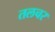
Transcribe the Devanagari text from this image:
तलचर